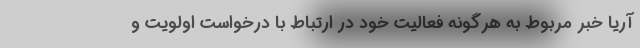
آریا خبر مربوط به هرگونه فعالیت خود در ارتباط با درخواست اولویت و